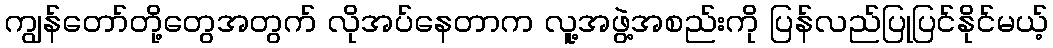
ကျွန်တော်တို့တွေအတွက် လိုအပ်နေတာက လူ့အဖွဲ့အစည်းကို ပြန်လည်ပြုပြင်နိုင်မယ့်